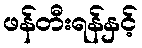
ဖန်တီးရန်နှင့်